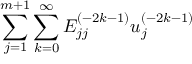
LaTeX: { \sum _ { j = 1 } ^ { m + 1 } \sum _ { k = 0 } ^ { \infty } E _ { j j } ^ { ( - 2 k - 1 ) } u _ { j } ^ { ( - 2 k - 1 ) } }